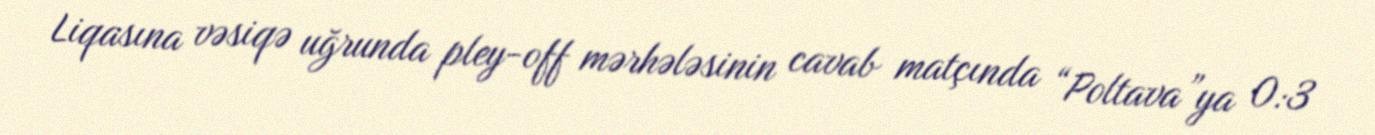
Liqasına vəsiqə uğrunda pley-off mərhələsinin cavab matçında “Poltava”ya 0:3